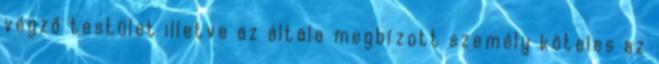
végző testület illetve az általa megbízott személy köteles az